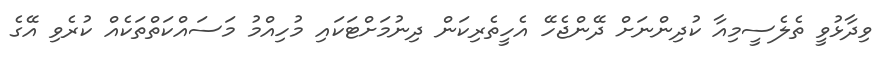
ވިދާޅުވީ ތެލެސީމިއާ ކުދިންނަށް ދޭންޖެހޭ އެހީތެރިކަން ދިނުމަށްޓަކައި މުހިއްމު މަސައްކަތްތަކެއް ކުރެވި އޭގެ